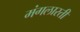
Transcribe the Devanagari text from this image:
मंगलारती